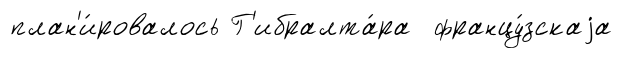
план'и́ровалось Г'ибралта́ра францу́зскаjа